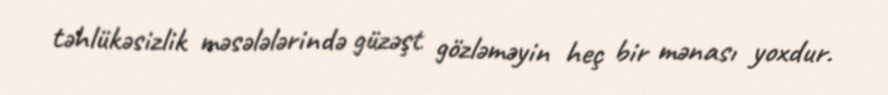
təhlükəsizlik məsələlərində güzəşt gözləməyin heç bir mənası yoxdur.